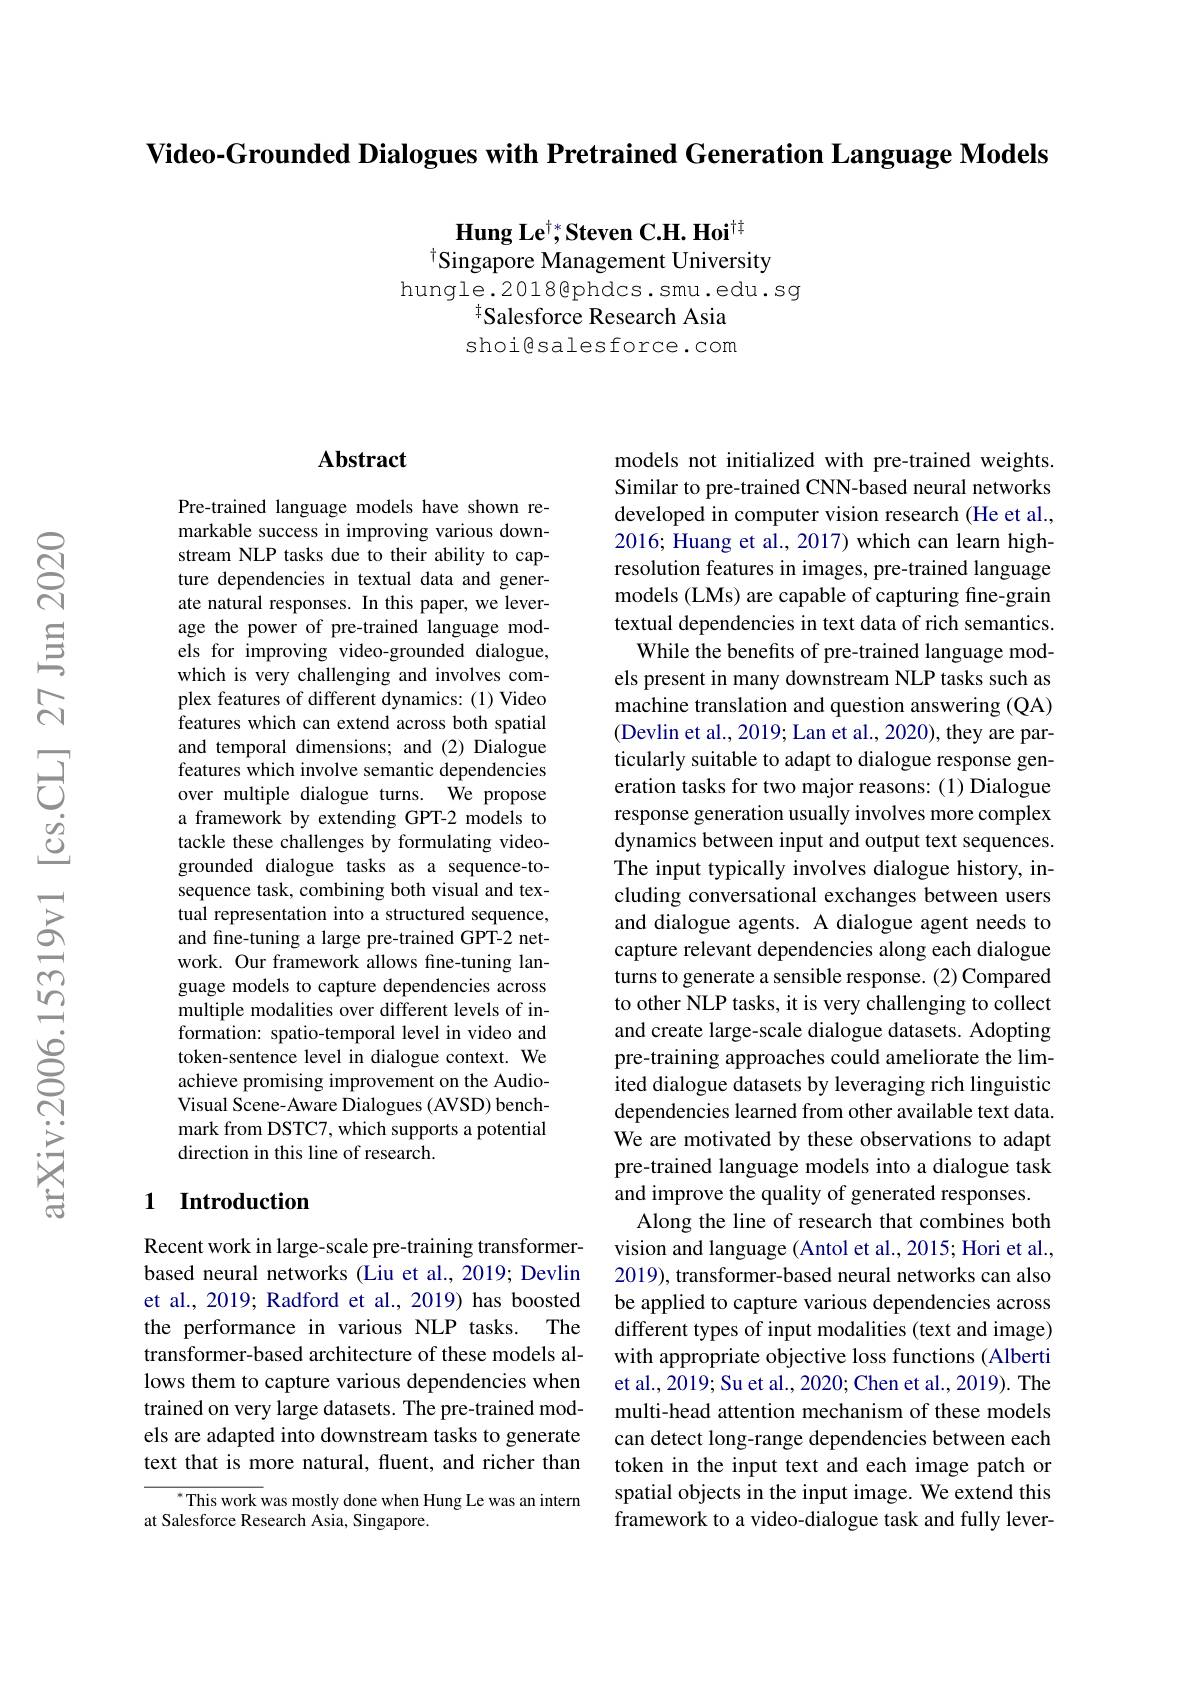
Video-Grounded Dialogues with Pretrained Generation Language Models

Hung L$e^{\dagger * }$, Steven C. H. Ho$i^{\dagger \dagger }$
Singapore Management University
hungle.2018@phdcs.smu.edu.sg
Salesforce Research Asia shoi@salesforce.com

### $\mathbf{Abstract}$

Pre-trained language models have shown remarkable success in improving various downstream NLP tasks due to their ability to capture dependencies in textual data and generate natural responses. In this paper, we leverage the power of pre-trained language models for improving video-grounded dialogue, which is very challenging and involves complex features of different dynamics: (1) Video features which can extend across both spatial and temporal dimensions; and (2) Dialogue features which involve semantic dependencies over multiple dialogue turns. We propose a framework by extending GPT-2 models to tackle these challenges by formulating videogrounded dialogue tasks as a sequence-tosequence task, combining both visual and textual representation into a structured sequence, and fine-tuning a large pre-trained GPT-2 network. Our framework allows fine-tuning language models to capture dependencies across multiple modalities over different levels of information: spatio-temporal level in video and token-sentence level in dialogue context. We achieve promising improvement on the AudioVisual Scene-Aware Dialogues (AVSD) benchmark from DSTC7, which supports a potential direction in this line of research.

## 1 Introduction

Recent work in large-scale pre-training transformerbased neural networks (Liu et al., 2019; Devlin et al., 2019; Radford et al., 2019) has boosted the performance in various NLP tasks. The transformer-based architecture of these models allows them to capture various dependencies when trained on very large datasets. The pre-trained models are adapted into downstream tasks to generate text that is more natural, fluent, and richer than

$^{*}$This work was mostly done when Hung Le was an intern
at Salesforce Research Asia, Singapore.

models not initialized with pre-trained weights. Similar to pre-trained CNN-based neural networks developed in computer vision research (He et al., 2016; Huang et al., 2017) which can learn highresolution features in images, pre-trained language models (LMs) are capable of capturing fine-grain textual dependencies in text data of rich semantics. While the benefits of pre-trained language models present in many downstream NLP tasks such as machine translation and question answering (QA) (Devlin et al., 2019; Lan et al., 2020), they are particularly suitable to adapt to dialogue response generation tasks for two major reasons: (1) Dialogue response generation usually involves more complex dynamics between input and output text sequences. The input typically involves dialogue history, including conversational exchanges between users and dialogue agents. A dialogue agent needs to capture relevant dependencies along each dialogue turns to generate a sensible response. (2) Compared to other NLP tasks, it is very challenging to collect and create large-scale dialogue datasets. Adopting pre-training approaches could ameliorate the limited dialogue datasets by leveraging rich linguistic dependencies learned from other available text data. We are motivated by these observations to adapt pre-trained language models into a dialogue task and improve the quality of generated responses.
Along the line of research that combines both vision and language (Antol et al., 2015; Hori et al., 2019), transformer-based neural networks can also be applied to capture various dependencies across different types of input modalities (text and image) with appropriate objective loss functions (Alberti et al., 2019; Su et al., 2020; Chen et al., 2019). The multi-head attention mechanism of these models can detect long-range dependencies between each token in the input text and each image patch or spatial objects in the input image. We extend this framework to a video-dialogue task and fully lever-